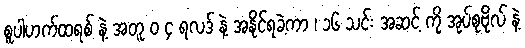
စူပါဟက်ထရစ် နဲ့ အတူ ၀ ၄ ရလဒ် နဲ့ အနိုင်ရခဲ့ကာ ၊ ၁၆ သင်း အဆင့် ကို အုပ်စုဗိုလ် နဲ့